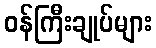
ဝန်ကြီးချုပ်များ